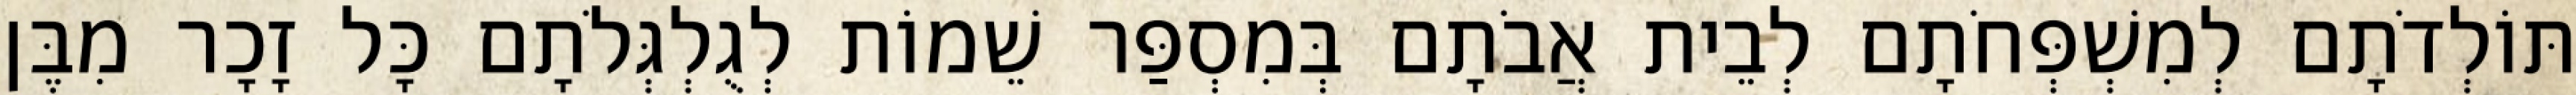
תּוֹלְדֹתָם לְמִשְׁפְּחֹתָם לְבֵית אֲבֹתָם בְּמִסְפַּר שֵׁמוֹת לְגֻלְגְּלֹתָם כָּל זָכָר מִבֶּן